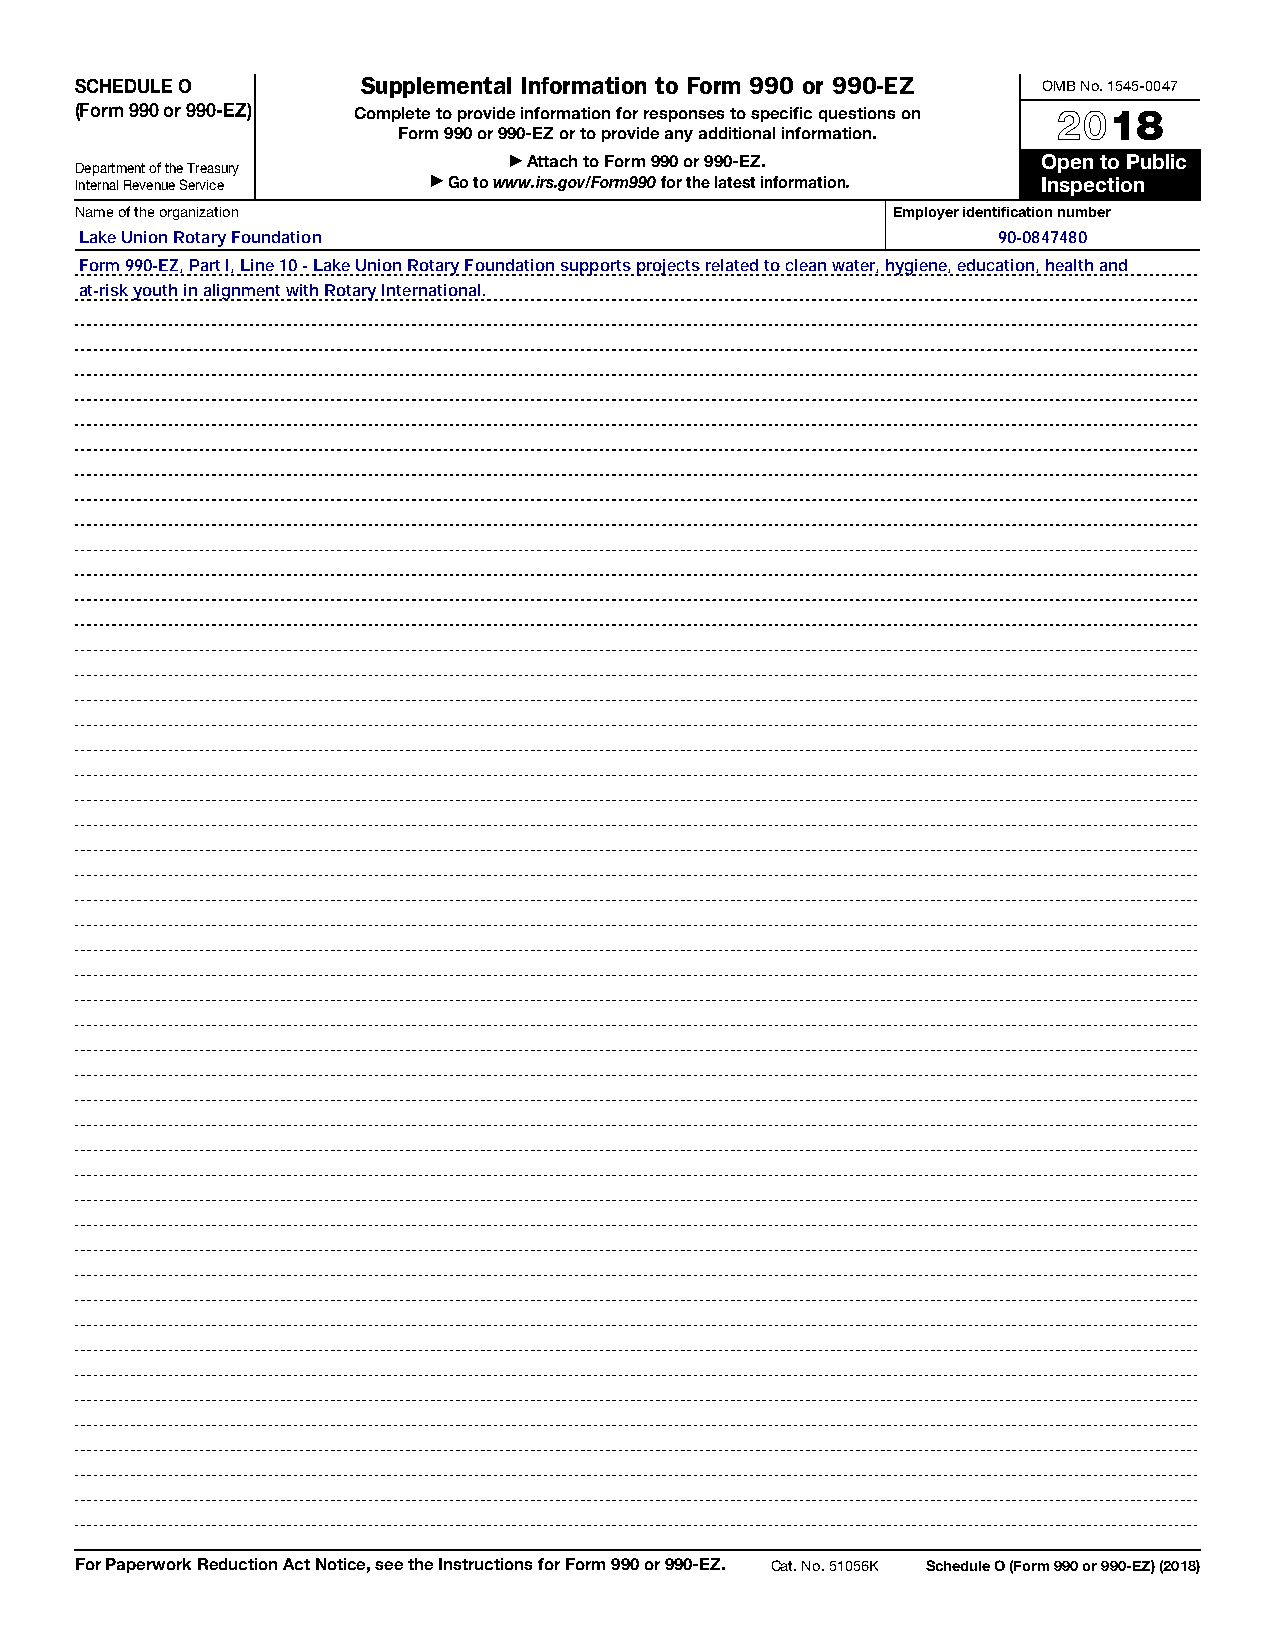
SCHEDULE O         Supplemental Information to Form 990 or 990-EZ OMB No. 1545-0047
 (Form 990 or 990-EZ) Complete to provide information for responses to specific questions on 2018
 Form 990 or 990-EZ or to provide any additional information.
 ▶ Attach to Form 990 or 990-EZ.    Open to Public
 Department of the Treasury
 Internal Revenue Service ▶ Go to www.irs.gov/Form990 for the latest information. Inspection
 Name of the organization                              Employer identification number
 Lake Union Rotary Foundation                                 90-0847480
 Form 990-EZ, Part I, Line 10 - Lake Union Rotary Foundation supports projects related to clean water, hygiene, education, health and
 at-risk youth in alignment with Rotary International.
 For Paperwork Reduction Act Notice, see the Instructions for Form 990 or 990-EZ. Cat. No. 51056K Schedule O (Form 990 or 990-EZ) (2018)